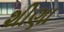
શીણા